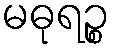
မဓုရဉ္စ